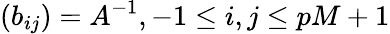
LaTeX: (b_{ij})={A}^{-1},-1\le i,j\le pM+1